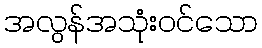
အလွန်အသုံးဝင်သော